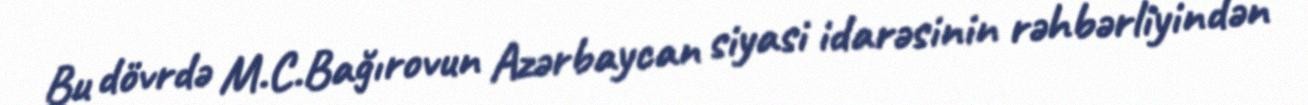
Bu dövrdə M.C.Bağırovun Azərbaycan siyasi idarəsinin rəhbərliyindən